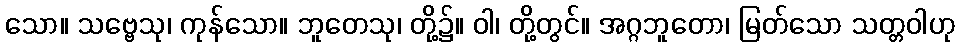
သော။ သဗ္ဗေသု၊ ကုန်သော။ ဘူတေသု၊ တို့၌။ ဝါ၊ တို့တွင်။ အဂ္ဂဘူတော၊ မြတ်သော သတ္တဝါဟု